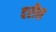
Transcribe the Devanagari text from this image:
दरीस